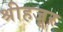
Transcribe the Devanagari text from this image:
श्रीहजूर